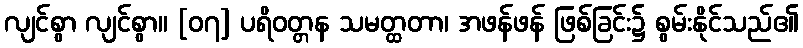
လျင်စွာ လျင်စွာ။ [၀၇] ပရိဝတ္တန သမတ္ထတာ၊ အဖန်ဖန် ဖြစ်ခြင်း၌ စွမ်းနိုင်သည်၏